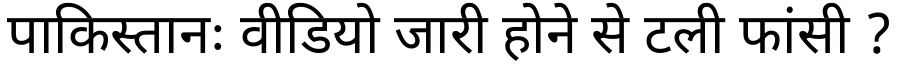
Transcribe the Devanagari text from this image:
पाकिस्तानः वीडियो जारी होने से टली फांसी ?